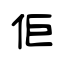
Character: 佢